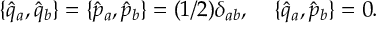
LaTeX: \{ \hat { q } _ { a } , \hat { q } _ { b } \} = \{ \hat { p } _ { a } , \hat { p } _ { b } \} = ( 1 / 2 ) \delta _ { a b } , \; \; \; \; \{ \hat { q } _ { a } , \hat { p } _ { b } \} = 0 .